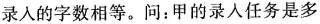
录入的字数相等。问：甲的录入任务是多